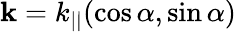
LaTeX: \mathbf{k}=k_{||}(\cos\alpha,\sin\alpha)